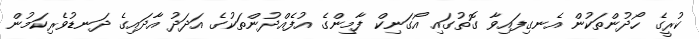
ކުރީގެ ހޯދުންތަކުން އެނގިފައިވާ ގޮތުގައި އޯގަނިކް ފާމިންގެ އުފެއްދުންތަކުގެ އަދަދު އާދައިގެ ދަނޑުވެރިކަމުން